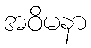
အဝိမနာ